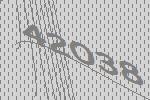
42038